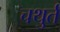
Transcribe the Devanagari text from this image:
चथुर्त